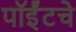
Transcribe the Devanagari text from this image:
पॉईंटचे